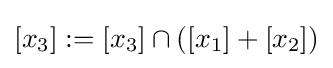
[x_{3}]:=[x_{3}]\cap ([x_{1}]+[x_{2}])